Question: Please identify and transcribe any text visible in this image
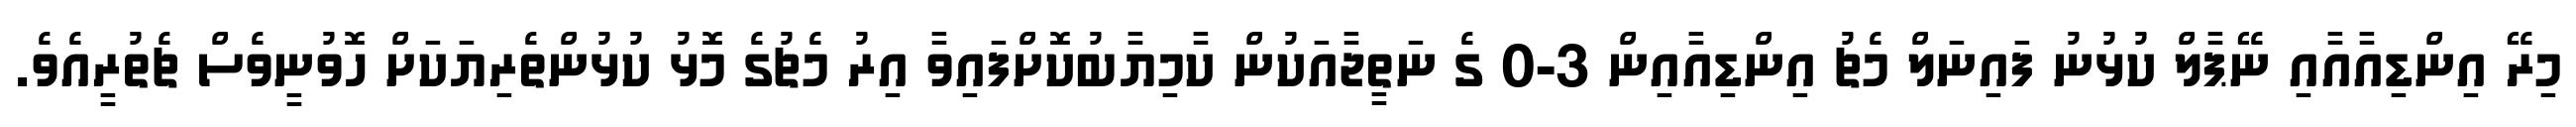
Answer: މިރޭ އިންޑިއާއާއި ނޭޕާލް ކުޅުނު ފައިނަލް މެޗު އިންޑިއާއިން 3-0 ގެ ނަތީޖާއަކުން ކާމިޔާބުކޮށްފައިވާ އިރު މެޗުގެ މޮޅު ކުޅުންތެރިޔަކަށް ހޮވުނީވެސް ޗެތުރީއެވެ.